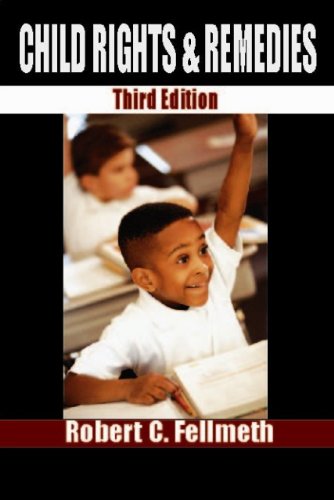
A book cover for Child Rights and Remedies; Robert C. Fellmeth; Law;